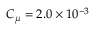
C _ { \mu } = 2 . 0 \times 1 0 ^ { - 3 }